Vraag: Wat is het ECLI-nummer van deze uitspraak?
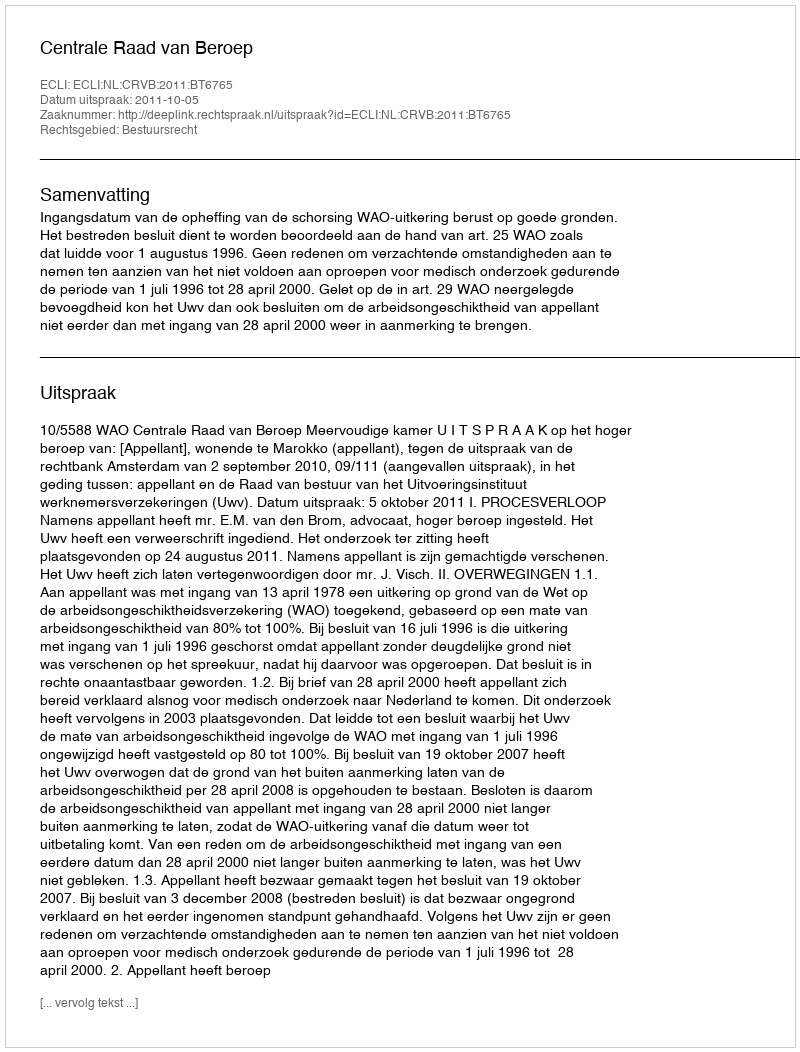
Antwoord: ECLI:NL:CRVB:2011:BT6765